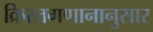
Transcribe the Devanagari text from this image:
क्रिस्तगणानानुसार